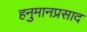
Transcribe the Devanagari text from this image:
हनुमानप्रसाद